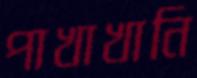
পাখাখানি